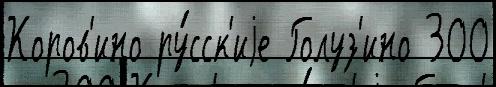
Коров'ино ру́сск'иjе Голуз'ино 300